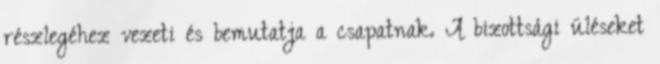
részlegéhez vezeti és bemutatja a csapatnak. A bizottsági üléseket